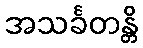
အသင်္ခတန္တိ